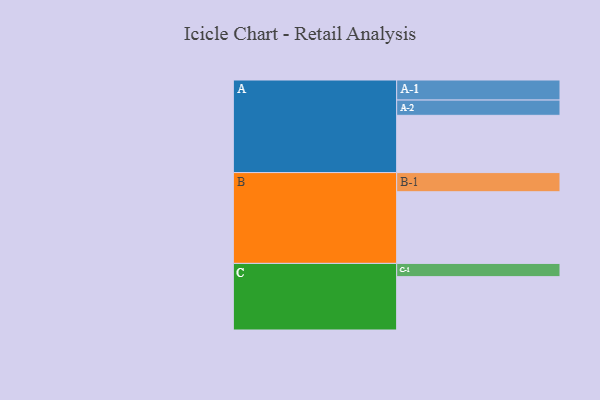
{"axis": {"x": "Segment", "y": "Value"}, "legend": ["", "A", "B", "C"], "data": [{"x": "A", "y": 454, "type": ""}, {"x": "B", "y": 568, "type": ""}, {"x": "C", "y": 423, "type": ""}, {"x": "A-1", "y": 159, "type": "A"}, {"x": "A-2", "y": 121, "type": "A"}, {"x": "B-1", "y": 152, "type": "B"}, {"x": "C-1", "y": 105, "type": "C"}]}